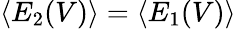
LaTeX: \langle E_{2}(V)\rangle=\langle E_{1}(V)\rangle